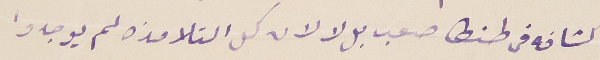
كشافه فى طنطا صعب بل لا لان كل التلامذه لم يوجدوا